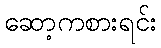
ဆော့ကစားရင်း